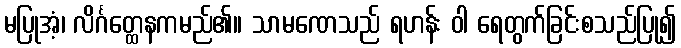
မပြုအံ့၊ လိင်္ဂတ္ထေနကမည်၏။ သာမဏေသည် ရဟန်း ဝါ ရေတွက်ခြင်းစသည်ပြု၍